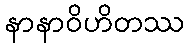
နာနာဝိဟိတဿ